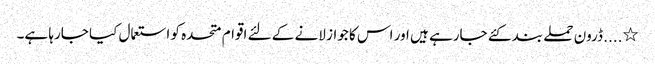
٭.... ڈرون حملے بند کئے جارہے ہیں اور اس کا جواز لانے کے لئے اقوام متحدہ کو استعمال کیا جارہا ہے۔